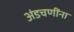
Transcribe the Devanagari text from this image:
अंडचणींना